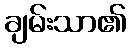
ချမ်းသာ၏